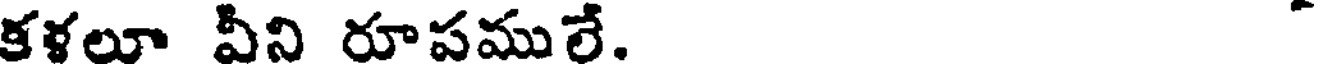
కళలూ వీని రూపములే.